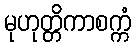
မုဟုတ္တိကာစက္ကံ